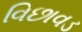
વિછાવડ